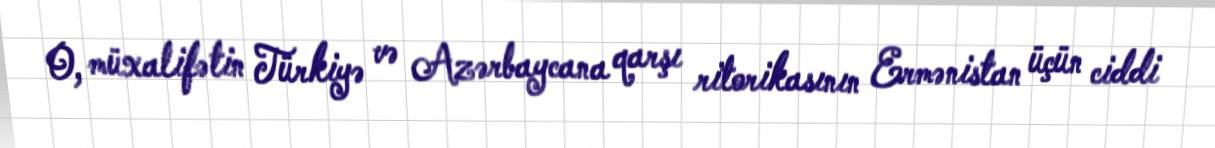
O, müxalifətin Türkiyə və Azərbaycana qarşı ritorikasının Ermənistan üçün ciddi